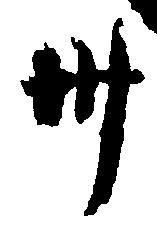
卅